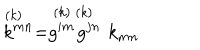
\stackrel { ( k ) \; \; } { k ^ { m n } } = \stackrel { ( k ) } { g ^ { i m } } \stackrel { ( k ) \; \; } { g ^ { j n } } k _ { m n }